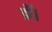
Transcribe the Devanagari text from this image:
डॉ।